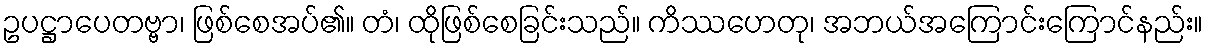
ဥပဋ္ဌာပေတဗ္ဗာ၊ ဖြစ်စေအပ်၏။ တံ၊ ထိုဖြစ်စေခြင်းသည်။ ကိဿဟေတု၊ အဘယ်အကြောင်းကြောင်နည်း။